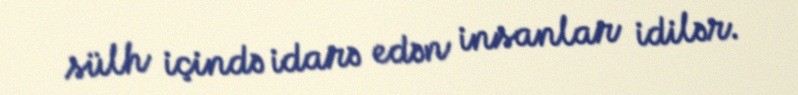
sülh içində idarə edən insanlar idilər.